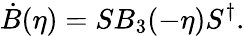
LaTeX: \dot{B}(\eta)=SB_{3}(-\eta)S^{\dagger}.